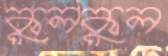
কুলকুল